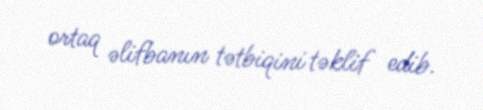
ortaq əlifbanın tətbiqini təklif edib.